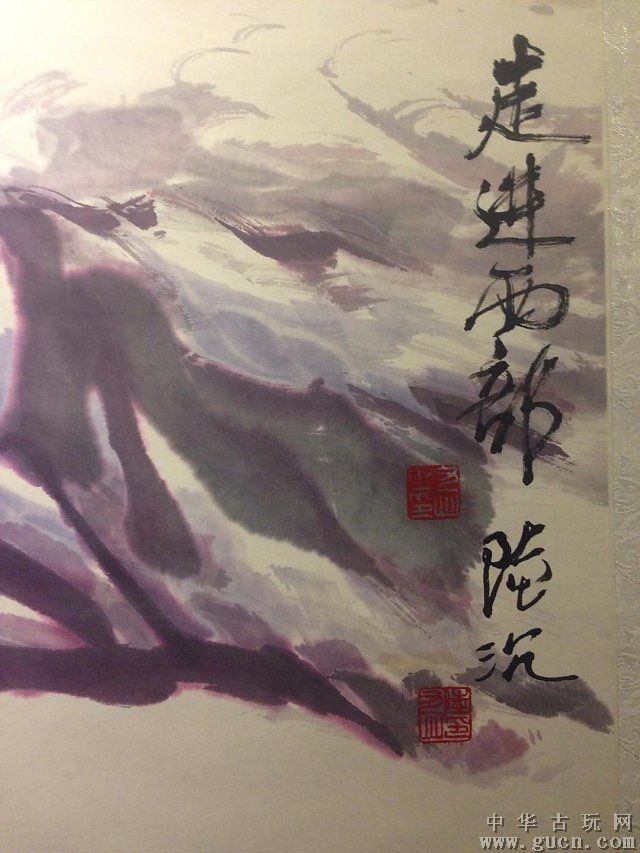
知古不知今，谓之陆沉，然则儒生，所谓陆沉者也。